system: You are a helpful assistant.
user:
Analyze the provided spectrum to determine if it is a **"Cataclysmic Variables (CV)"**.

- **Key Indicators for CV (Check for either state):**
    - **State 1: Quiescent / Low-State (Emission-Dominated)**
        - **(Primary):** Strong and *very broad* Hydrogen Balmer emission lines (e.g., $H\alpha$ at 6563 Å, $H\beta$ at 4861 Å). The 'broadness' (high velocity dispersion, often FWHM > 1000 km/s) is the key diagnostic, indicating a high-velocity accretion disk.
        - **(Secondary):** Broad neutral Helium (He I) emission lines (e.g., 5876 Å, 6678 Å).
        - **(Key Confirmation):** Presence of high-excitation *ionized* Helium (He II) emission at 4686 Å. This is a strong indicator of accretion onto a white dwarf.
        - **(Line Profile):** Emission lines may exhibit a 'double-peaked' profile, which is a classic signature of a rotating accretion disk viewed at high inclination.

    - **State 2: Outburst / High-State (Absorption-Dominated)**
        - **(Primary):** Spectrum is dominated by a bright, blue continuum (looks like a hot star).
        - **(Secondary):** The emission lines from State 1 are weak, absent, or 'filled in', and are replaced by broad, shallow *absorption* lines (primarily Balmer and He I).
        - **(Morphology):** The overall spectrum mimics a hot B/A-type star. The crucial difference is that the absorption lines are significantly broader, shallower, and more 'washed-out' (or 'smeared') than the sharp lines of a normal stellar photosphere, due to high rotational speeds and pressure broadening in the disk.

Think first, call **spectral_visualization_tool** if needed to examine features in detail, then provide your final answer. Your response must adhere to the following strict rules:
1.  **Overall Structure:** Your response must follow the format `<think>...</think> <tool_call>...</tool_call> (if a tool is used) <answer>...</answer>`.
2.  **Tool Usage Constraint:** You may only make **one** tool call per turn.
3.  **Final Answer Format:** In the `<answer>` tag, your conclusion must be inside a `\boxed{}` command (e.g., `\boxed{YES}`), followed by your justification.

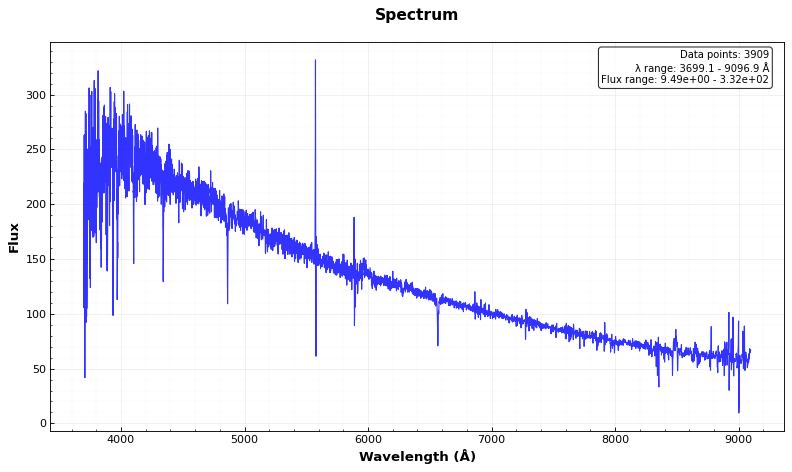
Answer: NO